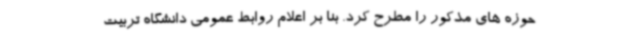
حوزه های مذکور را مطرح کرد. بنا بر اعلام روابط عمومی دانشگاه تربیت